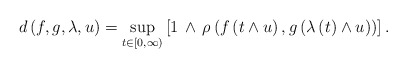
\begin{align*}d \left( f , g , \lambda , u \right) = \sup_{t \in \left[ 0,\infty \right)} \left[ 1 \, \wedge \, \rho \left( f \left( t \wedge u \right) , g \left( \lambda \left( t \right) \wedge u \right) \right) \right].\end{align*}